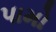
પામો